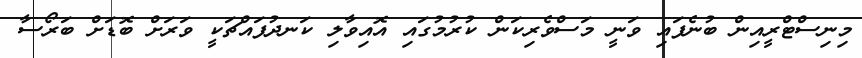
މިނިސްޓްރީއިން ބުނެފައި ވަނީ މަސްވެރިކަން ކުރުމުގައި އޮއިވާލި ކަނދުފައްޗަކީ ވަރަށް ބޮޑަށް ބަރޯސާ